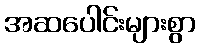
အဆပေါင်းများစွာ